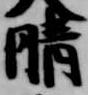
晴